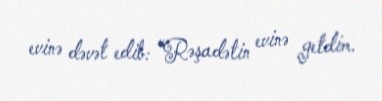
evinə dəvət edib: “Rəşadətin evinə getdim.